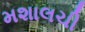
મશાલચી